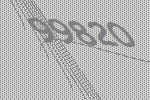
99820